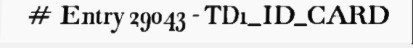
# Entry 29043 - TD1_ID_CARD